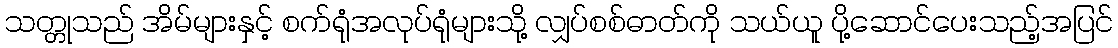
သတ္တုသည် အိမ်များနှင့် စက်ရုံအလုပ်ရုံများသို့ လျှပ်စစ်ဓာတ်ကို သယ်ယူ ပို့ဆောင်ပေးသည့်အပြင်